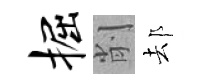
掘削𨚫